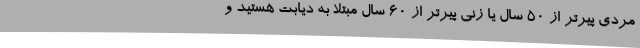
مردی پیرتر از 50 سال یا زنی پیرتر از 60 سال مبتلا به دیابت هستید و